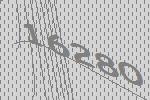
16280